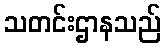
သတင်းဌာနသည်